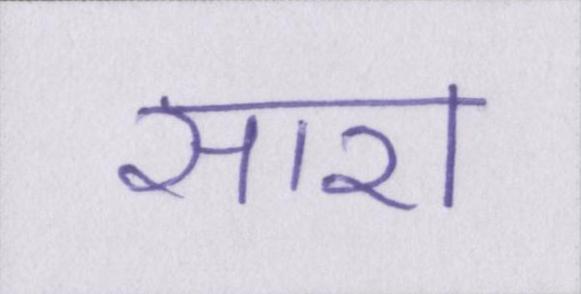
सारा